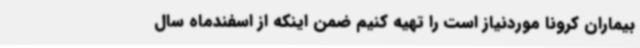
بیماران کرونا موردنیاز است را تهیه کنیم ضمن اینکه از اسفندماه سال